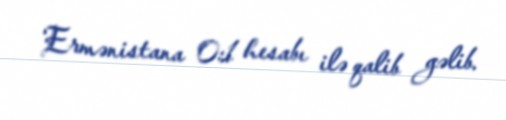
Ermənistana 0:1 hesabı ilə qalib gəlib.